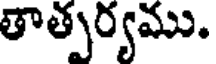
తాత్పర్యము.